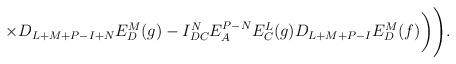
LaTeX: \begin{align*}\times D_{L+M+P-I+N}E^M_D(g)-I^N_{DC}E^{P-N}_AE^L_C(g)D_{L+M+P-I}E^M_D(f)\biggr)\Biggr).\end{align*}